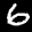
Label: 6